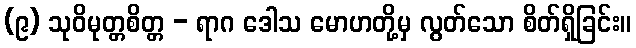
(၉) သုဝိမုတ္တစိတ္တ - ရာဂ ဒေါသ မောဟတို့မှ လွတ်သော စိတ်ရှိခြင်း။